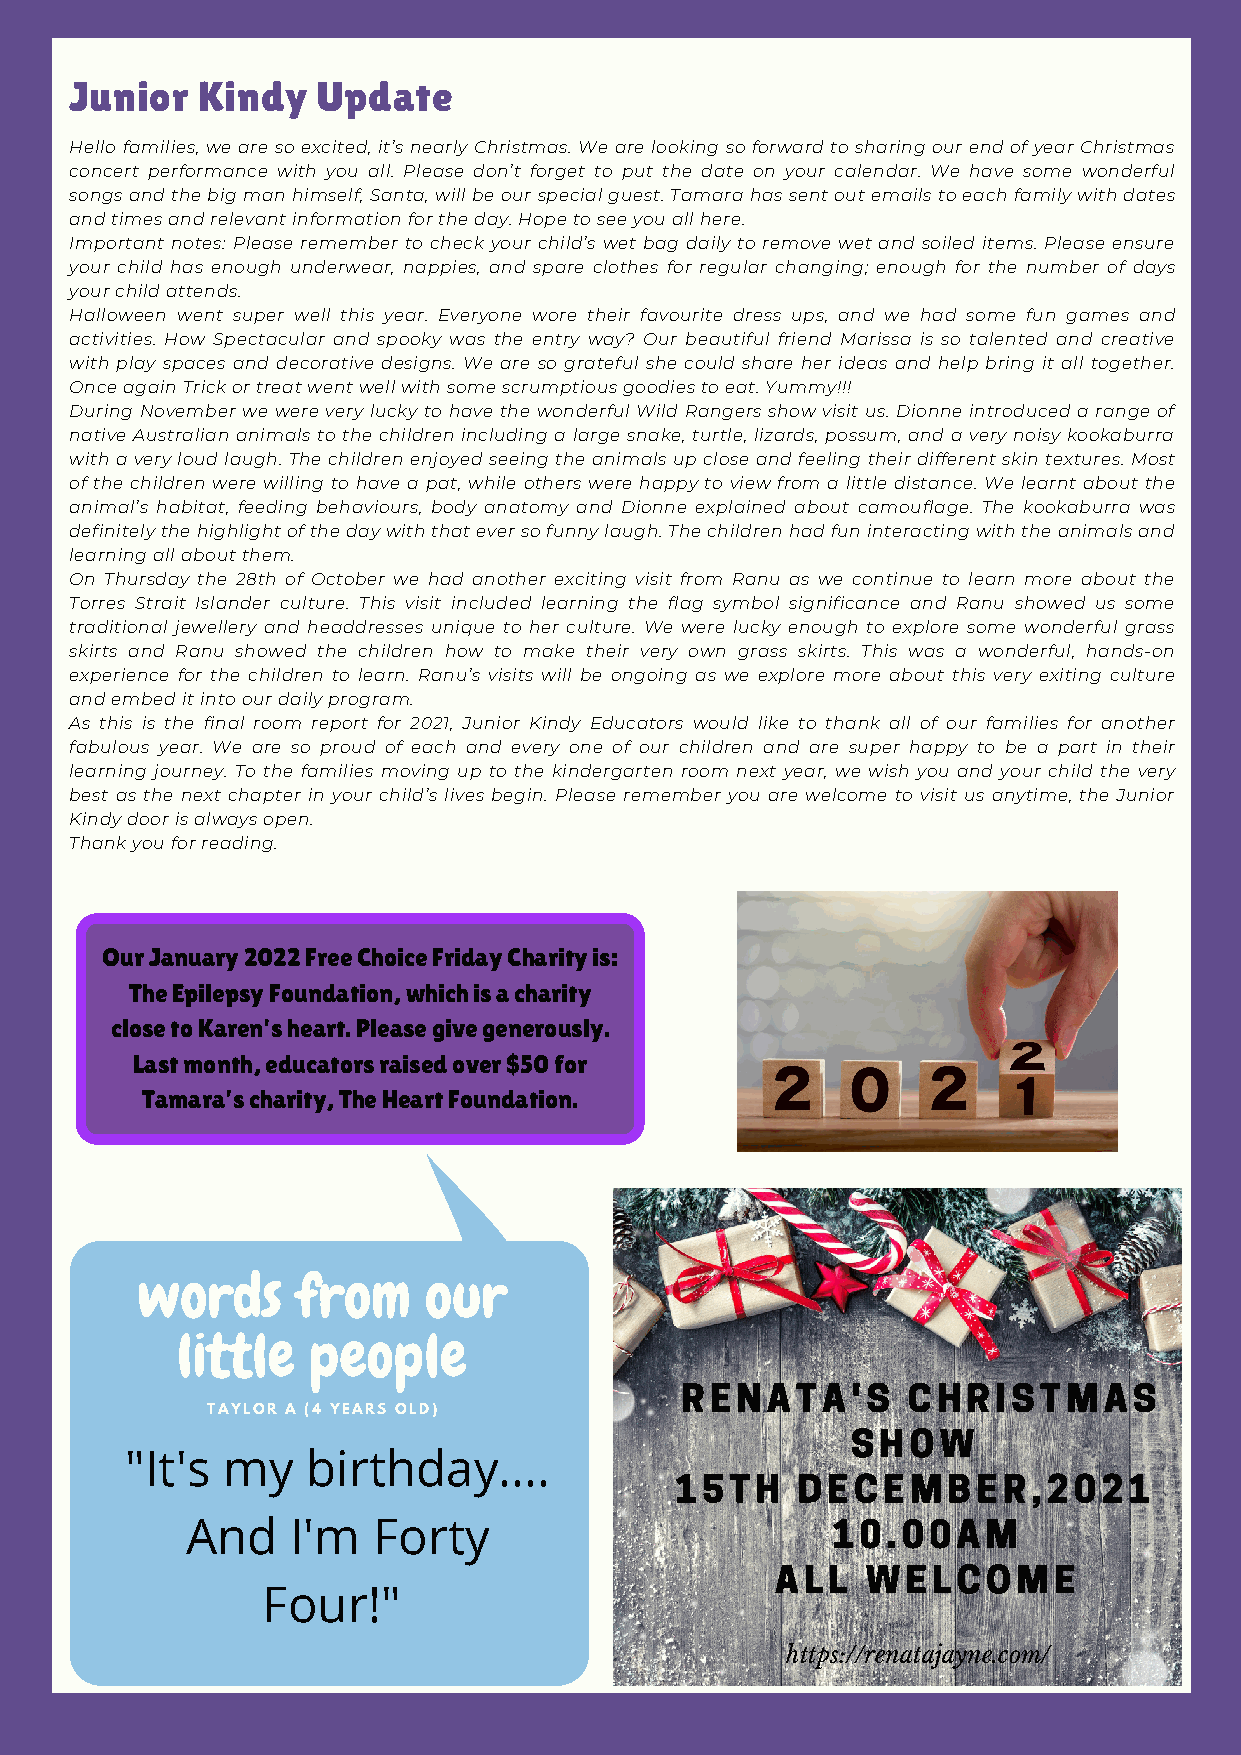
Junior  Kindy   Update
 Hello families, we are so excited, it’s nearly Christmas. We are looking so forward to sharing our end of year Christmas
 concert performance with you all. Please don’t forget to put the date on your calendar. We have some wonderful
 songs and the big man himself, Santa, will be our special guest. Tamara has sent out emails to each family with dates
 and times and relevant information for the day. Hope to see you all here.
 Important notes: Please remember to check your child’s wet bag daily to remove wet and soiled items. Please ensure
 your child has enough underwear, nappies, and spare clothes for regular changing; enough for the number of days
 your child attends.
 Halloween went super well this year. Everyone wore their favourite dress ups, and we had some fun games and
 activities. How Spectacular and spooky was the entry way? Our beautiful friend Marissa is so talented and creative
 with play spaces and decorative designs. We are so grateful she could share her ideas and help bring it all together.
 Once again Trick or treat went well with some scrumptious goodies to eat. Yummy!!!
 During November we were very lucky to have the wonderful Wild Rangers show visit us. Dionne introduced a range of
 native Australian animals to the children including a large snake, turtle, lizards, possum, and a very noisy kookaburra
 with a very loud laugh. The children enjoyed seeing the animals up close and feeling their different skin textures. Most
 of the children were willing to have a pat, while others were happy to view from a little distance. We learnt about the
 animal’s habitat, feeding behaviours, body anatomy and Dionne explained about camouflage. The kookaburra was
 definitely the highlight of the day with that ever so funny laugh. The children had fun interacting with the animals and
 learning all about them.
 On Thursday the 28th of October we had another exciting visit from Ranu as we continue to learn more about the
 Torres Strait Islander culture. This visit included learning the flag symbol significance and Ranu showed us some
 traditional jewellery and headdresses unique to her culture. We were lucky enough to explore some wonderful grass
 skirts and Ranu showed the children how to make their very own grass skirts. This was a wonderful, hands-on
 experience for the children to learn. Ranu’s visits will be ongoing as we explore more about this very exiting culture
 and embed it into our daily program.
 As this is the final room report for 2021, Junior Kindy Educators would like to thank all of our families for another
 fabulous year. We are so proud of each and every one of our children and are super happy to be a part in their
 learning journey. To the families moving up to the kindergarten room next year, we wish you and your child the very
 best as the next chapter in your child’s lives begin. Please remember you are welcome to visit us anytime, the Junior
 Kindy door is always open.
 Thank you for reading.
 Our January 2022 Free Choice Friday Charity is:
 The Epilepsy Foundation, which is a charity
 close to Karen's heart. Please give generously.
 Last month, educators raised over $50 for
 Tamara’s charity, The Heart Foundation.
 words      from    our
 little  people
 RENATA'S       CHRISTMAS
 TAYLOR A (4 YEARS OLD)
 SHOW
 "It's  my   birthday....
 15TH    DECEMBER,2021
 10.00AM
 And    I'm   Forty
 ALL   WELCOME
 Four!"
 https://renatajayne.com/